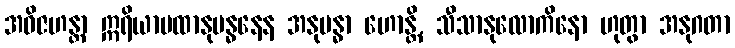
အဝိဇဟန္တာ ဣရိယာပထာနုဗန္ဓနေန အနုဗန္ဓာ ဟောန္တိ, သီသာနုလောကိနော ဟုတွာ အနုဂတာ